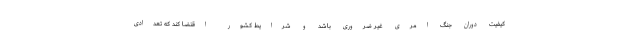
کیفیت دوران جنگ امری غیر ضروری باشد و شرایط کشور اقتضا کند که تعدادی